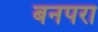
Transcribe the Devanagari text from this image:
बनपरा